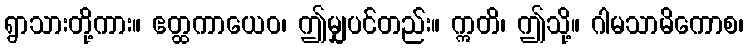
ရွာသားတို့ကား။ ဧတ္ထကာယေဝ၊ ဤမျှပင်တည်း။ ဣတိ၊ ဤသို့။ ဂါမသာမိကောစ၊